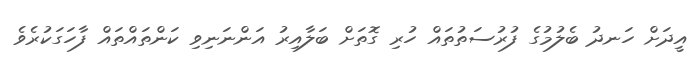
އީދަށް ހަނދު ބެލުމުގެ ފުރުސަތުތައް ހުރި ގޮތަށް ބަލާއިރު އަންނަނިވި ކަންތައްތައް ފާހަގަކުރެވެ